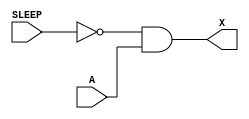
module sky130_fd_sc_lp__isobufsrc (
    X    ,
    SLEEP,
    A
);

    // Module ports
    output X    ;
    input  SLEEP;
    input  A    ;

    // Local signals
    wire not0_out  ;
    wire and0_out_X;

    //  Name  Output      Other arguments
    not not0 (not0_out  , SLEEP          );
    and and0 (and0_out_X, not0_out, A    );
    buf buf0 (X         , and0_out_X     );

endmodule